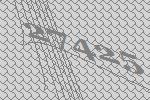
27425